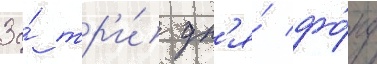
За́ тр'и́ дн'я́ фо́нд